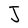
Character: J